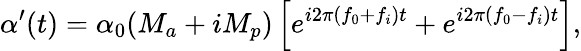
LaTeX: {\alpha}^{\prime}(t)={{\alpha}_{0}}({{M}_{a}}+i{{M}_{p}})\left[{{e}^{i2\pi({{f}_{0}}+{{f}_{i}})t}}+{{e}^{i2\pi({{f}_{0}}-{{f}_{i}})t}}\right],